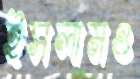
ইসলামও